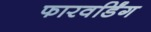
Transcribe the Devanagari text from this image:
फारवर्डिंग